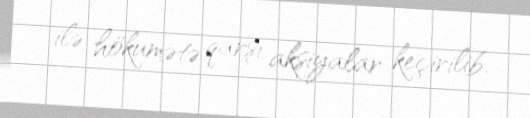
ilə hökumətə qarşı aksiyalar keçirilib.